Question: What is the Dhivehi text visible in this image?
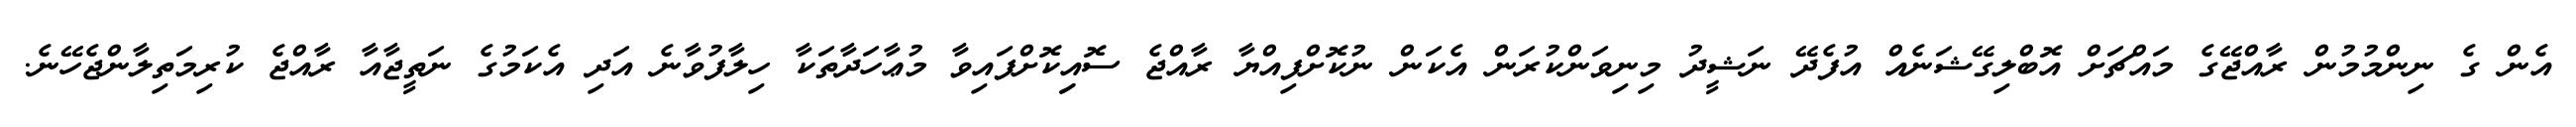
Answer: އެން ގެ ނިންމުމުން ރާއްޖޭގެ މައްޗަށް އޮބްލިގޭޝަނެއް އުފެދޭ ނަޝީދު މިނިވަންކުރަން އެކަން ނުކޮށްފިއްޔާ ރާއްޖެ ސޮއިިކޮށްފައިވާ މުޢާހަދާތަކާ ހިލާފުވާނެ އަދި އެކަމުގެ ނަތީޖާއާ ރާއްޖެ ކުރިމަތިލާންޖެހޭނެ.